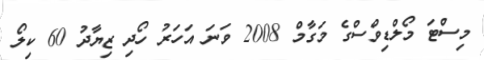
މިސްޓަ މޯލްޑިވްސްގެ މަގާމް 2008 ވަނަ އަހަރު ހޯދި ޒިޔާދު 60 ކިލޯ